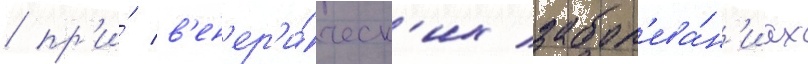
/ пр'и́ в'ен'ер'и́ческ'их забол'ева́н'иах